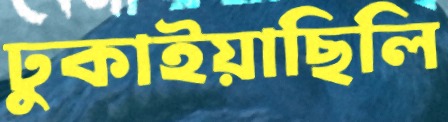
ঢুকাইয়াছিলি